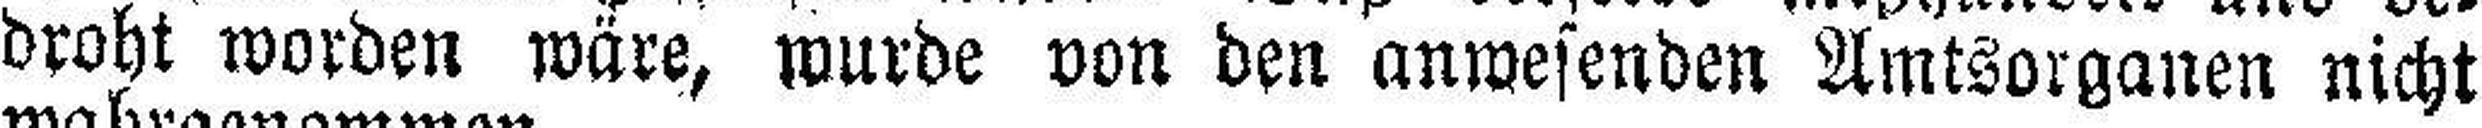
droht worden wäre, wurde von den anwesenden Amtsorganen nicht